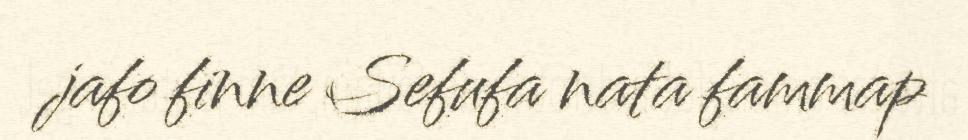
jafo finne Sefufa nata fammap